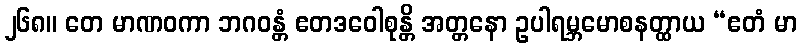
၂၆၈။ တေ မာဏဝကာ ဘဂဝန္တံ ဧတဒဝေါစုန္တိ အတ္တနော ဥပါရမ္ဘမောစနတ္ထာယ “ဧတံ မာ